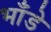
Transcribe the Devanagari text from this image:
भाँडे